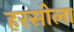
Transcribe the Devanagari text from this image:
हरसोला